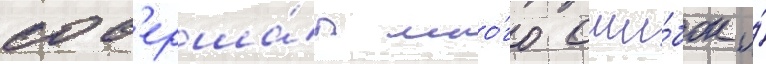
сов'ерша́л мно́го оши́бок и́